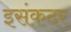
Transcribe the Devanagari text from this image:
इसंकदर